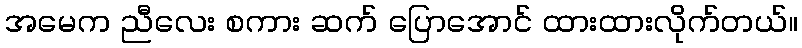
အမေက ညီလေး စကား ဆက် ပြောအောင် ထားထားလိုက်တယ်။